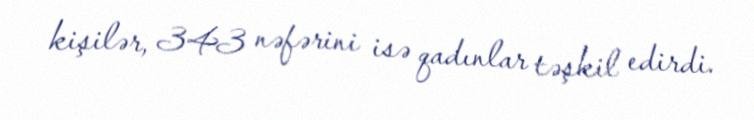
kişilər, 343 nəfərini isə qadınlar təşkil edirdi.